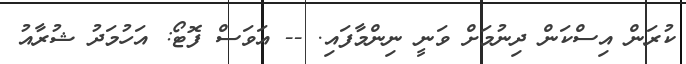
ކުރަން އިސްކަން ދިނުމަށް ވަނީ ނިންމާފައި. -- އަވަސް ފޮޓޯ: އަހުމަދު ޝުރާއު